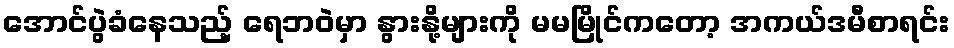
အောင်ပွဲခံနေသည့် ရေဘဝဲမှာ နွားနို့များကို မမမြိုင်ကတော့ အကယ်ဒမီစာရင်း